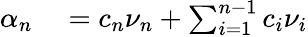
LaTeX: \begin{array}{rl}{\alpha_{n}}&{{}=c_{n}\nu_{n}+\sum_{i=1}^{n-1}c_{i}\nu_{i}}\end{array}